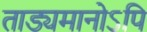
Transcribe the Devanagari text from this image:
ताड्यमानोऽपि